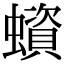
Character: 蠀